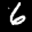
Label: 6